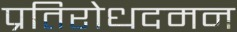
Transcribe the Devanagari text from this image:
प्रतिरोधदमन